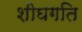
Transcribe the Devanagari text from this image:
शीघगति